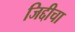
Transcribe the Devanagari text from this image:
जिद्दीचा